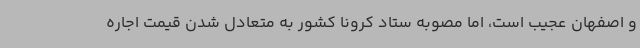
و اصفهان عجیب است، اما مصوبه ستاد کرونا کشور به متعادل شدن قیمت اجاره